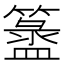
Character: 𥵁